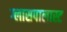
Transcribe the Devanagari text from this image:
ग्लासपालास्ट